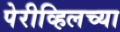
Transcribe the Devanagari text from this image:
पेरीव्हिलच्या